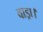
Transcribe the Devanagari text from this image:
वाड्रा।